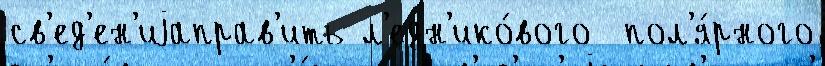
св'ед'ен'иjаправ'ить л'едн'ико́вого  пол'я́рного